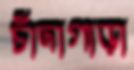
চাঁদাগাড়া